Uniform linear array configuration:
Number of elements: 4
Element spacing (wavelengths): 0.5
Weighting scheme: blackman
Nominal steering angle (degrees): -30
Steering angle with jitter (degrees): -28.146
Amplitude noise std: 0.05
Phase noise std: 0.05

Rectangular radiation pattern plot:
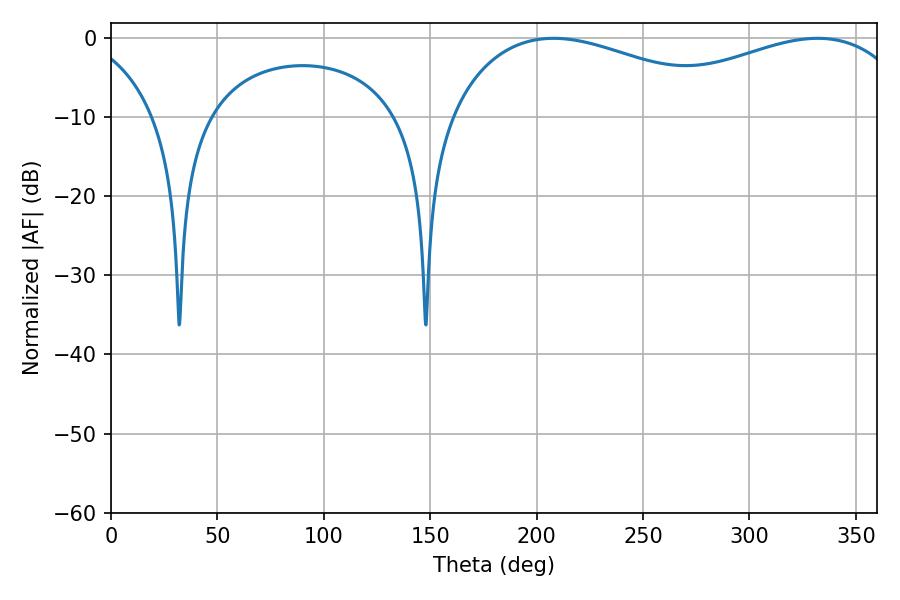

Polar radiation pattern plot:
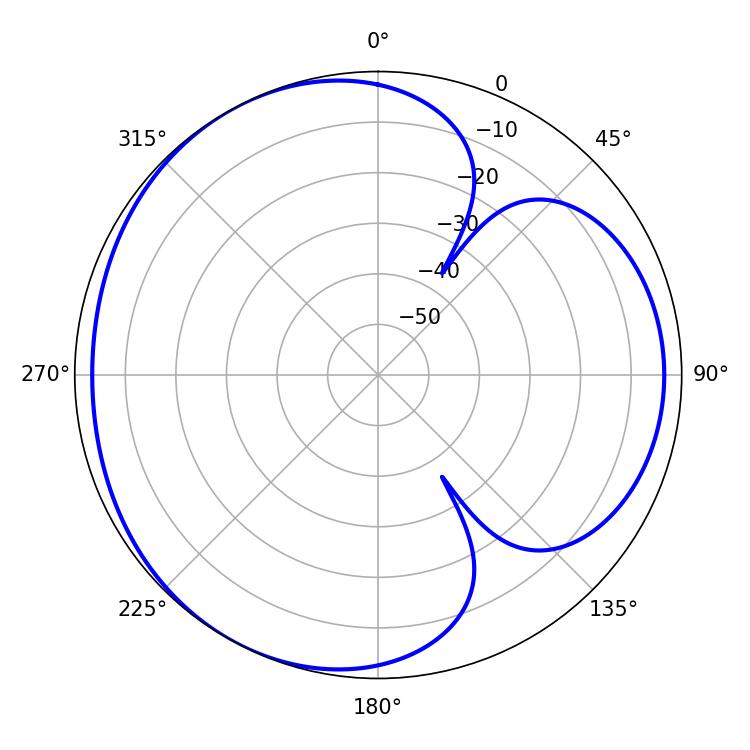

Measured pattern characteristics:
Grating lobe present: FALSE
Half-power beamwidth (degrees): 77.22
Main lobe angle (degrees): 207.9